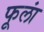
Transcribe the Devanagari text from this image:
फूलां